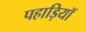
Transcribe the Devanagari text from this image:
पहाड़ियॉ